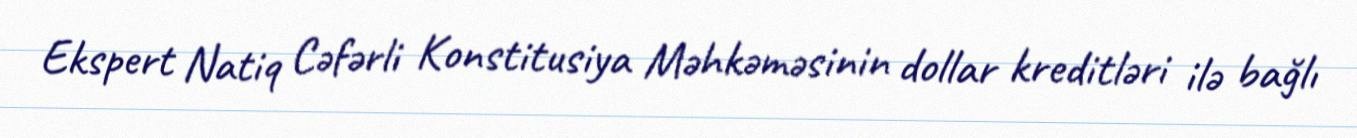
Ekspert Natiq Cəfərli Konstitusiya Məhkəməsinin dollar kreditləri ilə bağlı